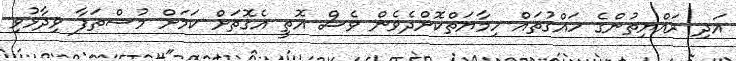
އަދި ރައްޔިތުންގެ ހައްގުތައް ހިމާޔަތްކޮށްދެވެން ވެސް އޮތީ އެގޮތަށް ކަމަށް މުސްތަފާ ވިދާޅުވި